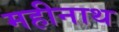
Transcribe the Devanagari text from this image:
महीनाथ